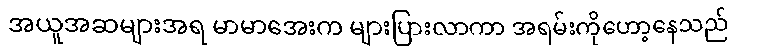
အယူအဆများအရ မာမာအေးက များပြားလာကာ အရမ်းကိုဟော့နေသည်